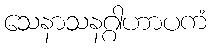
သေနာသနဂ္ဂါဟာပကံ